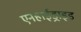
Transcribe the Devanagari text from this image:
एनहाईड्राइड